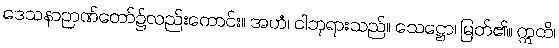
ဒေသနာဉာဏ်တော်၌လည်းကောင်း။ အဟံ၊ ငါဘုရားသည်။ သေဋ္ဌော၊ မြတ်၏။ ဣတိ၊